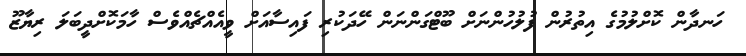
ހަނދާން ކޮށްލުމުގެ އިތުރުން ފުލުހުންނަށް ބޫޓްގަންނަން ހޭދަކުރި ފައިސާއަށް ވީއެއްޗެއްވެސް ހާމަކޮށްދީބަލަ ރިޔާޒޫ